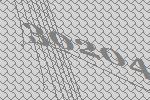
30204